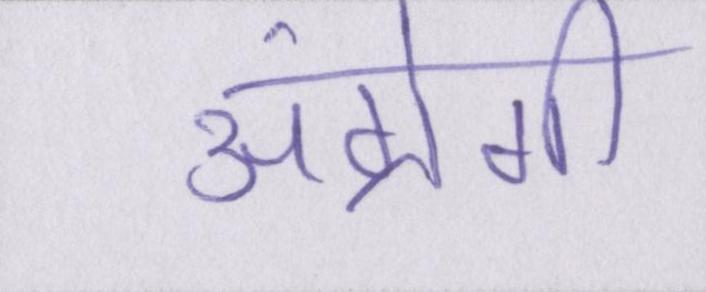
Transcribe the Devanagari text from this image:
अंग्रेगी